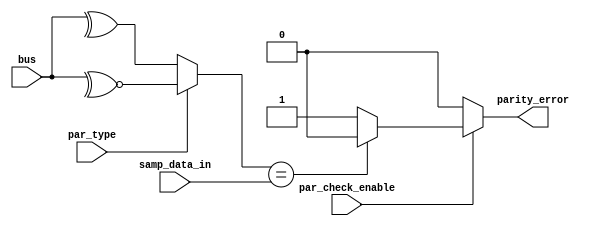
module parity_check (
    input wire samp_data_in,
    input wire [7:0] bus,
    input wire par_check_enable,
    //input wire valid,
    input wire par_type,
    //input wire clk,
    //input wire rst,
    output reg parity_error
);
    //reg [8:0] data;
    reg temp;
    /*always @ (posedge clk or negedge rst)begin
        if(!rst)begin
            data <= 0;
        end
        else if(valid)begin
            data = {samp_data_in,data[8:1]};    
        end
        else begin
            data = data;
            //data <= 0;
        end
    end*/

    always @(*) begin
        if(par_check_enable)begin
            temp = par_type ? (~^bus[7:0]):(^bus[7:0]);
            if(temp == samp_data_in)begin
                parity_error = 1'b0;
            end
            else begin
                parity_error = 1'b1;
            end
        end
        else begin
            temp = 0;
            parity_error = 1'b0;
        end
    end
    
endmodule